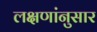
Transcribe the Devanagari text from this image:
लक्षणांनुसार